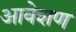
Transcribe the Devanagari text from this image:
आवेशण